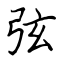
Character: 弦